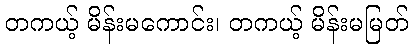
တကယ့် မိန်းမကောင်း၊ တကယ့် မိန်းမမြတ်